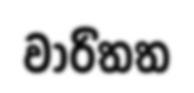
වාරිතත